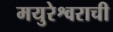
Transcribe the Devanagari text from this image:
मयुरेश्वराची